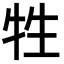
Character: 牲